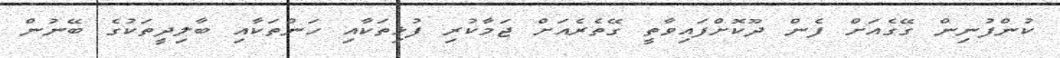
ކުންފުނިން ގޭގެއަށް ފެން ދޫކޮށްފައިވާތީ ގޭތެރެއަށް ޖަމާކުރި ފުޅިތަކާއި ހަންތަކާއި ބާލިދީތަކުގެ ބޭނުން